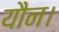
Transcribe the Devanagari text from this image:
यौन।